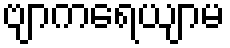
ဗျာကရေယျာမ